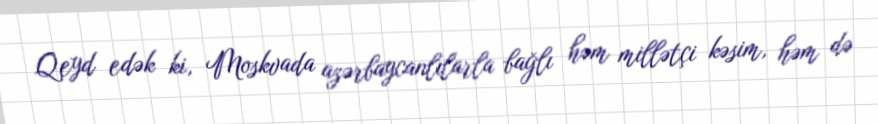
Qeyd edək ki, Moskvada azərbaycanlılarla bağlı həm millətçi kəsim, həm də